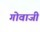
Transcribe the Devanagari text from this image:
गोवाजी